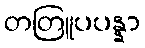
တတြူပပန္နာ